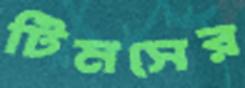
টিমসের